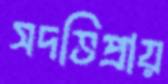
সদভিপ্রায়